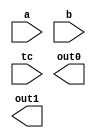

////////////////////////////////////////////////////////////////////////////////
//
//       This confidential and proprietary software may be used only
//     as authorized by a licensing agreement from Synopsys Inc.
//     In the event of publication, the following notice is applicable:
//
//                    (C) COPYRIGHT 1998  - 2009 SYNOPSYS INC.
//                           ALL RIGHTS RESERVED
//
//       The entire notice above must be reproduced on all authorized
//     copies.
//
//
// VERSION:   Verilog Simulation Model for DW02_multp
//
// DesignWare_version: 435bc2ed
// DesignWare_release: B-2008.09-DWBB_0901
//
////////////////////////////////////////////////////////////////////////////////



//-----------------------------------------------------------------------------
//
// ABSTRACT:  Multiplier, parital products
//
//    **** >>>>  NOTE:	This model is architecturally different
//			from the 'wall' implementation of DW02_multp
//			but will generate exactly the same result
//			once the two partial product outputs are
//			added together
//
// MODIFIED:
//
//              Aamir Farooqui 7/11/02
//              Corrected parameter simplied sim model, checking, and X_processing 
//
//------------------------------------------------------------------------------


module DW02_multp( a, b, tc, out0, out1 );


// parameters
parameter a_width = 24;
parameter b_width = 24;
parameter out_width = 48;

`define npp ((a_width/2) + 2)  //14
`define xdim (a_width+b_width)  //48
`define bsxt (a_width) //24

//-----------------------------------------------------------------------------
// ports
input [a_width-1 : 0]	a;
input [b_width-1 : 0]	b;
input			tc;
output  [out_width-1:0]	out0, out1 ;

//assign out0 = 48'b0;
//assign out1 = 48'b0;

//-----------------------------------------------------------------------------
// synopsys translate_off

reg   [`xdim-1 : 0]     pp_array [0 : `npp-1];  //49*14
reg   [`xdim-1 : 0]	tmp_OUT0, tmp_OUT1;  //48
wire  [a_width+2 : 0]	a_padded;  //27 bits
wire  [`xdim-1 : 0]	b_padded;  //49 bits
wire  [`xdim-b_width-1 : 0]	temp_padded;   //25 bits
wire  			a_sign, b_sign;
//-----------------------------------------------------------------------------

/*  
  initial begin : parameter_check
    integer param_err_flg;

    param_err_flg = 0;
    
    
    if (a_width < 1) begin
      param_err_flg = 1;
      $display(
	"ERROR: %m :\n  Invalid value (%d) for parameter a_width (lower bound: 1)",
	a_width );
    end
    
    if (b_width < 1) begin
      param_err_flg = 1;
      $display(
	"ERROR: %m :\n  Invalid value (%d) for parameter b_width (lower bound: 1)",
	b_width );
    end
    
  if (out_width < (a_width+b_width+2)) begin
      param_err_flg = 1;
      $display(
	"ERROR: %m :\n  Invalid value (%d) for parameter out_width (lower bound: (a_width+b_width+2))",
	out_width );
    end
  
    if ( param_err_flg == 1) begin
      $display(
        "%m :\n  Simulation aborted due to invalid parameter value(s)");
      $finish;
    end

  end // parameter_check
*/
//-----------------------------------------------------------------------------

  assign a_sign = tc & a[a_width-1];  //tc==0
  assign b_sign = tc & b[b_width-1];
  assign a_padded = {a_sign, a_sign, a, 1'b0};  // pad a: put 0 to the LSB of a and two 0s to the MSB 
  assign temp_padded = {`bsxt{b_sign}}; // 24bits 0
  assign b_padded = {temp_padded, b};  //48bits

  always @ (a_padded or b_padded)
  begin : mk_pp_array
    reg [`xdim-1 : 0] temp_pp_array [0 : `npp-1];
    reg [`xdim-1 : 0] next_pp_array [0 : `npp-1];
    reg [`xdim+3 : 0] temp_pp; //53bits
    reg [`xdim-1 : 0] new_pp;  //49 bits
    reg [`xdim-1 : 0] tmp_pp_carry; 
    reg [a_width+2 : 0] temp_a_padded; //27bits
    reg [2 : 0] temp_bitgroup;  //the 3 bits of booth code
    integer bit_pair, pp_count, i;  //bit_pair is the number of times

    temp_pp_array[0] = {`xdim{1'b0}};  // the 0 column are 49 0s

    for (bit_pair=0 ; bit_pair < `npp-1 ; bit_pair = bit_pair+1)
    begin
      temp_a_padded = (a_padded >> (bit_pair*2));
      temp_bitgroup = temp_a_padded[2 : 0];

      case (temp_bitgroup)
        3'b000, 3'b111 :
          temp_pp = {`xdim{1'b0}};
        3'b001, 3'b010 :
          temp_pp = b_padded;
        3'b011 :
          temp_pp = b_padded << 1;
        3'b100 :
          temp_pp = (~(b_padded << 1) + 1);
        3'b101, 3'b110 :
          temp_pp =  ~b_padded + 1;
        default : temp_pp = {`xdim{1'b0}};
      endcase

      temp_pp = temp_pp << (2 * bit_pair);
      new_pp = temp_pp[`xdim-1 : 0];
      temp_pp_array[bit_pair+1] = new_pp;
    end
    pp_count = `npp; //14 partial products

    while (pp_count > 3)
    begin
      for (i=0 ; i < (pp_count/3) ; i = i+1)
      begin       //Each three digits generates a Sum and Carry signal
        next_pp_array[i*2] = temp_pp_array[i*3] ^ temp_pp_array[i*3+1] ^ temp_pp_array[i*3+2];   //sum bits

        tmp_pp_carry = (temp_pp_array[i*3] & temp_pp_array[i*3+1]) |      //deal with the carry
                       (temp_pp_array[i*3+1] & temp_pp_array[i*3+2]) |
                       (temp_pp_array[i*3] & temp_pp_array[i*3+2]);

        next_pp_array[i*2+1] = tmp_pp_carry << 1;
      end

      if ((pp_count % 3) > 0)
      begin
        for (i=0 ; i < (pp_count % 3) ; i = i + 1)
        next_pp_array[2 * (pp_count/3) + i] = temp_pp_array[3 * (pp_count/3) + i];
      end

      for (i=0 ; i < `npp ; i = i + 1) 
        temp_pp_array[i] = next_pp_array[i];  //update the pp array

      pp_count = pp_count - (pp_count/3);  //Reduce the number of rows
    end
	next_pp_array[0] = temp_pp_array[0] ^ temp_pp_array[1] ^ temp_pp_array[2];
	tmp_pp_carry = (temp_pp_array[0] & temp_pp_array[0+1]) |      //deal with the carry
                       (temp_pp_array[0+1] & temp_pp_array[0+2]) |
                       (temp_pp_array[0] & temp_pp_array[0+2]);
	next_pp_array[1] = tmp_pp_carry;
	temp_pp_array[0]=next_pp_array[0];
	temp_pp_array[1]=next_pp_array[1];


    tmp_OUT0 = temp_pp_array[0];   //this means the sum 

    if (pp_count > 1)
      tmp_OUT1 = temp_pp_array[1];   //this is the carry
    else
      tmp_OUT1 = {`xdim{1'b0}};
  end // mk_pp_array


  //assign out_sign = tmp_OUT0[`xdim-1] | tmp_OUT1[`xdim-1];
/*
always @ *
begin
   out0 <= tmp_OUT0;
   out1 <= tmp_OUT1;
end
*/
assign out0 = tmp_OUT0;
assign out1 = tmp_OUT1;
// synopsys translate_on
endmodule